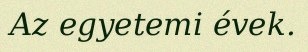
Az egyetemi évek.